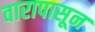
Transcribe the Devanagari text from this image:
वारापासून